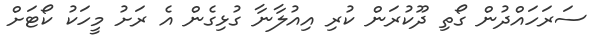
ސަރަހައްދުން ގޯތި ދޫކުރަން ކުރި އިއުލާނާ ގުޅިގެން އެ ރަށު މީހަކު ކޯޓަށް